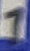
Text: 1